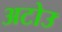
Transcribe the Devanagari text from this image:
अटोउ